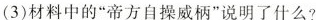
(3)材料中的”帝方自操威柄”说明了什么?